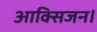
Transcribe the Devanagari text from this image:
आक्सिजन।